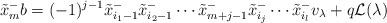
LaTeX: \begin{align*} \tilde x_m^-b&=(-1)^{j-1}\tilde x_{i_1-1}^-\tilde x_{i_2-1}^- \cdots \tilde x_{m+j-1}^-\tilde x_{i_j}^-\cdots \tilde x_{i_l}^-v_\lambda +q\mathcal L(\lambda) \end{align*}